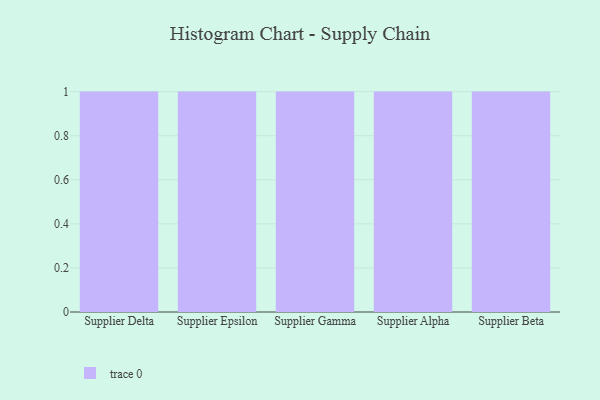
{"axis": {"x": "Supplier", "y": "Market Share (%)"}, "legend": [""], "data": [{"x": "Supplier Delta", "y": 64, "type": ""}, {"x": "Supplier Epsilon", "y": 54, "type": ""}, {"x": "Supplier Gamma", "y": 58, "type": ""}, {"x": "Supplier Alpha", "y": 84, "type": ""}, {"x": "Supplier Beta", "y": 3, "type": ""}]}